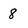
Character: 8